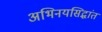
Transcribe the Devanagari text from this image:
अभिनयसिद्धांत